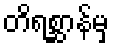
တိရစ္ဆာန်မှ